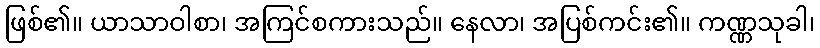
ဖြစ်၏။ ယာသာဝါစာ၊ အကြင်စကားသည်။ နေလာ၊ အပြစ်ကင်း၏။ ကဏ္ဏသုခါ၊